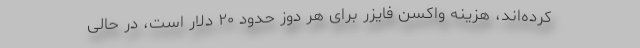
کرده‌اند، هزینه واکسن فایزر برای هر دوز حدود ۲۰ دلار است، در حالی